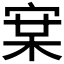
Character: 𭓵